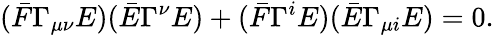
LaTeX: (\bar{F}\Gamma_{\mu\nu}E)(\bar{E}\Gamma^{\nu}E)+(\bar{F}\Gamma^{i}E)(\bar{E}\Gamma_{\mu i}E)=0.